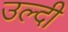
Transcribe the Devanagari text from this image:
उल्दी